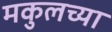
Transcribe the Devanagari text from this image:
मकुलच्या